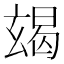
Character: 𤣨